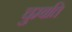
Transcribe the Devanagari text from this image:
चुम्बति